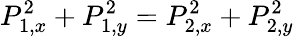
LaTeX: P_{1,x}^{2}+P_{1,y}^{2}=P_{2,x}^{2}+P_{2,y}^{2}